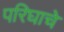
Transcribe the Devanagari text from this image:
परिघाचे